Annual administration report of the Civil Veterinary Department of India - 1899-1900
Year: 1899
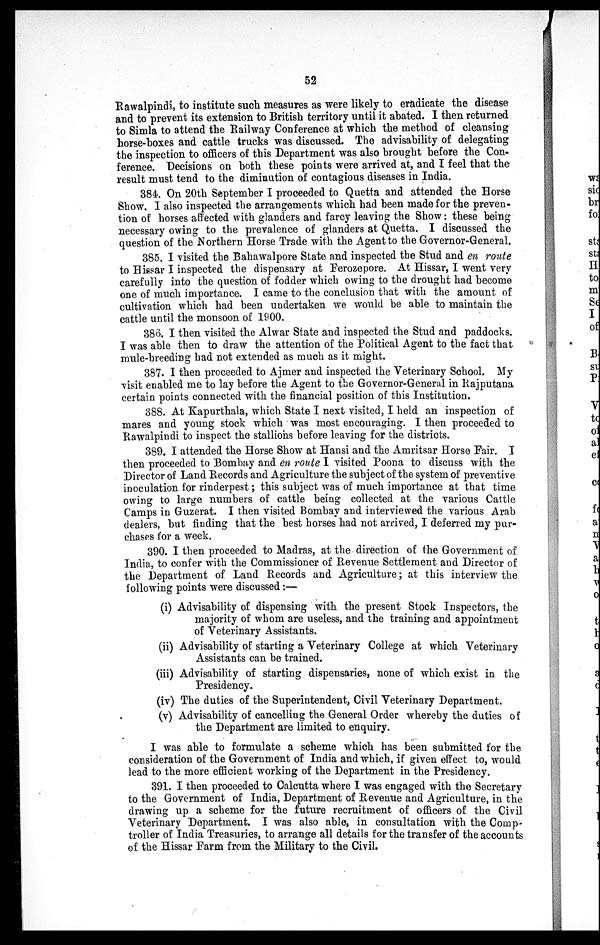
52
Rawalpindi, to institute such measures as were likely to eradicate the disease
and to prevent its extension to British territory until it abated. I then returned
to Simla to attend the Railway Conference at which the method of cleansing
horse-boxes and cattle trucks was discussed. The advisability of delegating
the inspection to officers of this Department was also brought before the Con-
ference. Decisions on both these points were arrived at, and I feel that the
result must tend to the diminution of contagious diseases in India.
384. On 20th September I proceeded to Quetta and attended the Horse
Show. I also inspected the arrangements which had been made for the preven-
tion of horses affected with glanders and farcy leaving the Show: these being
necessary owing to the prevalence of glanders at Quetta. I discussed the
question of the Northern Horse Trade with the Agent to the Governor-General.
385. I visited the Bahawalpore State and inspected the Stud and en route
to Hissar I inspected the dispensary at Ferozepore. At Hissar, I went very
carefully into the question of fodder which owing to the drought had become
one of much importance. I came to the conclusion that with the amount of
cultivation which had been undertaken we would be able to maintain the
cattle until the monsoon of 1900.
386. I then visited the Alwar State and inspected the Stud and paddocks.
I was able then to draw the attention of the Political Agent to the fact that
mule-breeding had not extended as much as it might.
387. I then proceeded to Ajmer and inspected the Veterinary School. My
visit enabled me to lay before the Agent to the Governor-General in Rajputana
certain points connected with the financial position of this Institution.
388. At Kapurthala, which State I next visited, I held an inspection of
mares and young stock which was most encouraging. I then proceeded to
Rawalpindi to inspect the stallions before leaving for the districts.
389. I attended the Horse Show at Hansi and the Amritsar Horse Fair. I
then proceeded to Bombay and en route I visited Poona to discuss with the
Director of Land Records and Agriculture the subject of the system of preventive
inoculation for rinderpest; this subject was of much importance at that time
owing to large numbers of cattle being collected at the various Cattle
Camps in Guzerat. I then visited Bombay and interviewed the various Arab
dealers, but finding that the best horses had not arrived, I deferred my pur-
chases for a week.
390. I then proceeded to Madras, at the direction of the Government of
India, to confer with the Commissioner of Revenue Settlement and Director of
the Department of Land Records and Agriculture; at this interview the
following points were discussed :—
(i) Advisability of dispensing with the present Stock Inspectors, the
majority of whom are useless, and the training and appointment
of Veterinary Assistants.
(ii) Advisability of starting a Veterinary College at which Veterinary
Assistants can be trained.
(iii) Advisability of starting dispensaries, none of which exist in the
Presidency.
(iv) The duties of the Superintendent, Civil Veterinary Department.
(v) Advisability of cancelling the General Order whereby the duties of
the Department are limited to enquiry.
I was able to formulate a scheme which has been submitted for the
consideration of the Government of India and which, if given effect to, would
lead to the more efficient working of the Department in the Presidency.
391. I then proceeded to Calcutta where I was engaged with the Secretary
to the Government of India, Department of Revenue and Agriculture, in the
drawing up a scheme for the future recruitment of officers of the Civil
Veterinary Department. I was also able, in consultation with the Comp-
troller of India Treasuries, to arrange all details for the transfer of the accounts
of the Hissar Farm from the Military to the Civil.